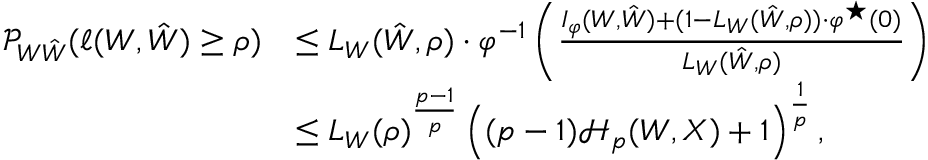
\begin{array} { r l } { \mathcal { P } _ { W \hat { W } } ( \ell ( W , \hat { W } ) \geq \rho ) } & { \leq L _ { W } ( \hat { W } , \rho ) \cdot \varphi ^ { - 1 } \left( \frac { I _ { \varphi } ( W , \hat { W } ) + ( 1 - L _ { W } ( \hat { W } , \rho ) ) \cdot \varphi ^ { \star } ( 0 ) } { L _ { W } ( \hat { W } , \rho ) } \right) } \\ & { \leq L _ { W } ( \rho ) ^ { \frac { p - 1 } { p } } \left( ( p - 1 ) \mathcal { H } _ { p } ( W , X ) + 1 \right) ^ { \frac 1 p } , } \end{array}